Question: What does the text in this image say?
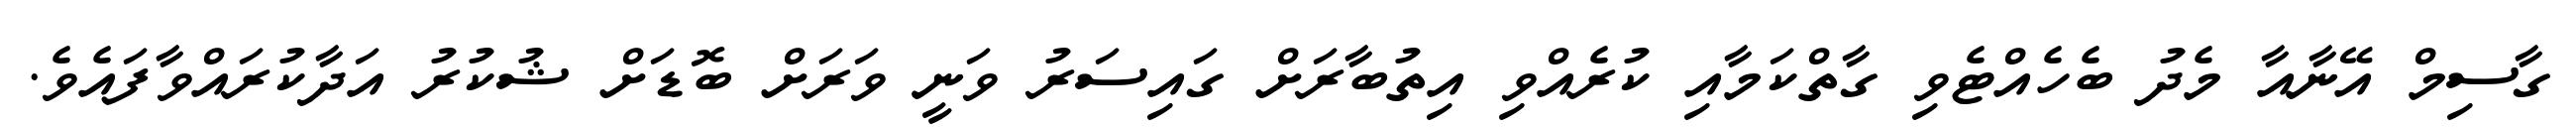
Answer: ގާސިމް އޭނާއާ މެދު ބެހެއްޓެވި ގާތްކަމާއި ކުރެއްވި އިތުބާރަށް ގައިސަރު ވަނީ ވަރަށް ބޮޑަށް ޝުކުރު އަދާކުރައްވާފައެވެ.